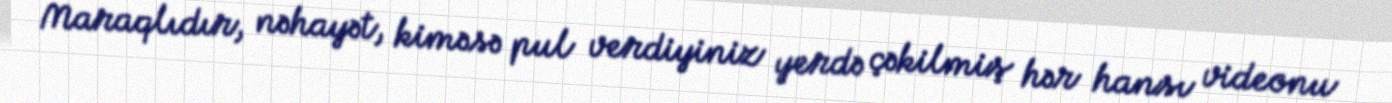
Maraqlıdır, nəhayət, kiməsə pul verdiyiniz yerdə çəkilmiş hər hansı videonu